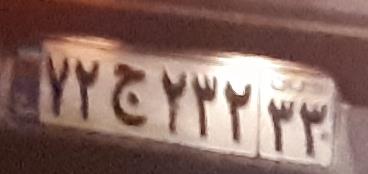
۷۲ج۲۳۲۳۳